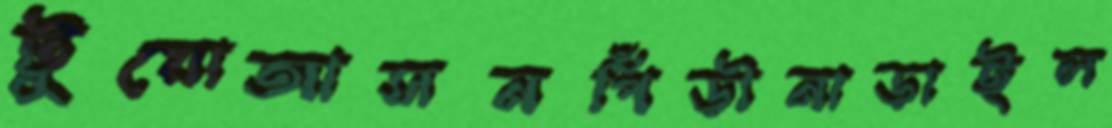
টুয়োআসনপিঁড়ীনাড়াইল